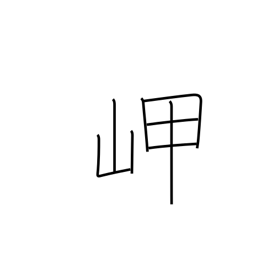
Meaning: headland